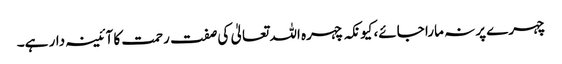
چہرے پر نہ مارا جائے، کیونکہ چہرہ اللہ تعالیٰ کی صفت رحمت کا آئینہ دار ہے۔